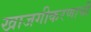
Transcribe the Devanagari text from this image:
खाजगीकरणाची